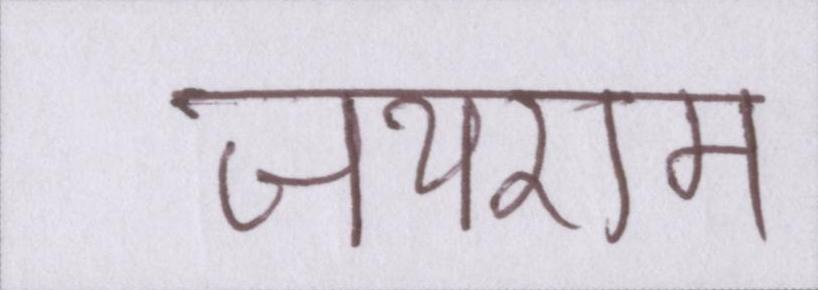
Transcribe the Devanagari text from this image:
जयराम